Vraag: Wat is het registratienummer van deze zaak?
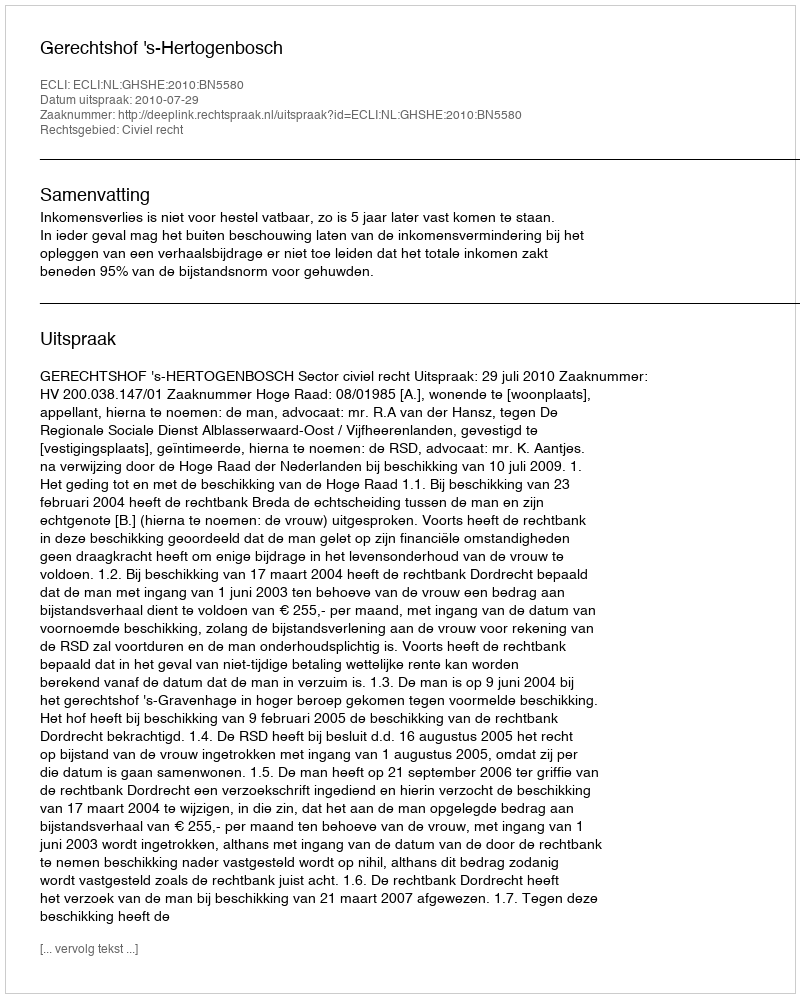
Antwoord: http://deeplink.rechtspraak.nl/uitspraak?id=ECLI:NL:GHSHE:2010:BN5580